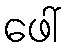
ဖေါ်